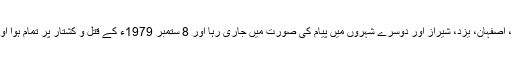
10 جنوری کو قم میں شہید ہونے والے شہداء کے چہلم کا پروگرام تبریز، اصفہان، یزد، شیراز اور دوسرے شہروں میں پیام کی صورت میں جاری رہا اور 8 ستمبر 1979ء کے قتل و کشتار پر تمام ہوا اور یہ سلسلہ شاہ کے ایران سے فرار اور امام کی وطن واپسی تک چلتا رہا۔